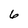
Character: 6